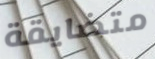
متضايقة